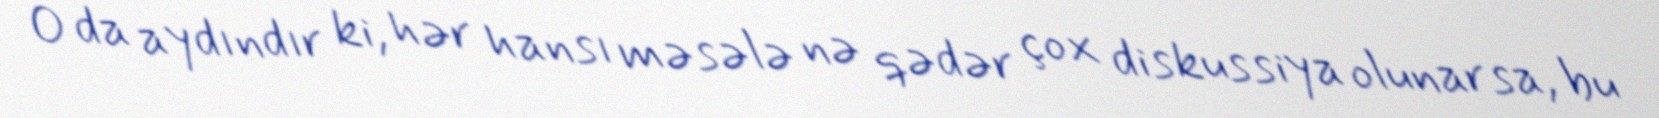
O da aydındır ki, hər hansı məsələ nə qədər çox diskussiya olunarsa, bu